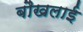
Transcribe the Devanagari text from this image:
बौखलाई